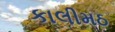
કાલીમઠ